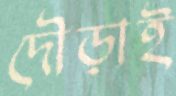
দৌড়াই